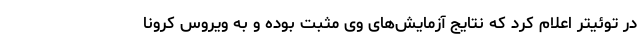
در توئیتر اعلام کرد که نتایج آزمایش‌های وی مثبت بوده و به ویروس کرونا